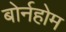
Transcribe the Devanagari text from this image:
बोर्नहोम